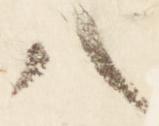
八